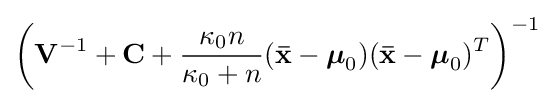
\left(\mathbf {V} ^{-1}+\mathbf {C} +{\frac {\kappa _{0}n}{\kappa _{0}+n}}(\mathbf {\bar {x}} -{\boldsymbol {\mu }}_{0})(\mathbf {\bar {x}} -{\boldsymbol {\mu }}_{0})^{T}\right)^{-1}